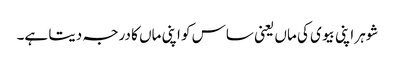
شوہر اپنی بیوی کی ماں یعنی ساس کو اپنی ماں کا درجہ دیتا ہے۔